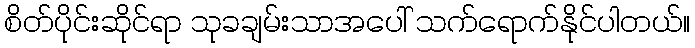
စိတ်ပိုင်းဆိုင်ရာ သုခချမ်းသာအပေါ် သက်ရောက်နိုင်ပါတယ်။